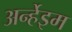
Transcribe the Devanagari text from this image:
अर्न्हेइम